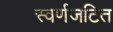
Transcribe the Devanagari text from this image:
स्वर्णजटित